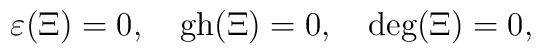
\varepsilon(\Xi)=0,\quad\hbox{gh}(\Xi)=0,\quad\hbox{deg}(\Xi)=0,